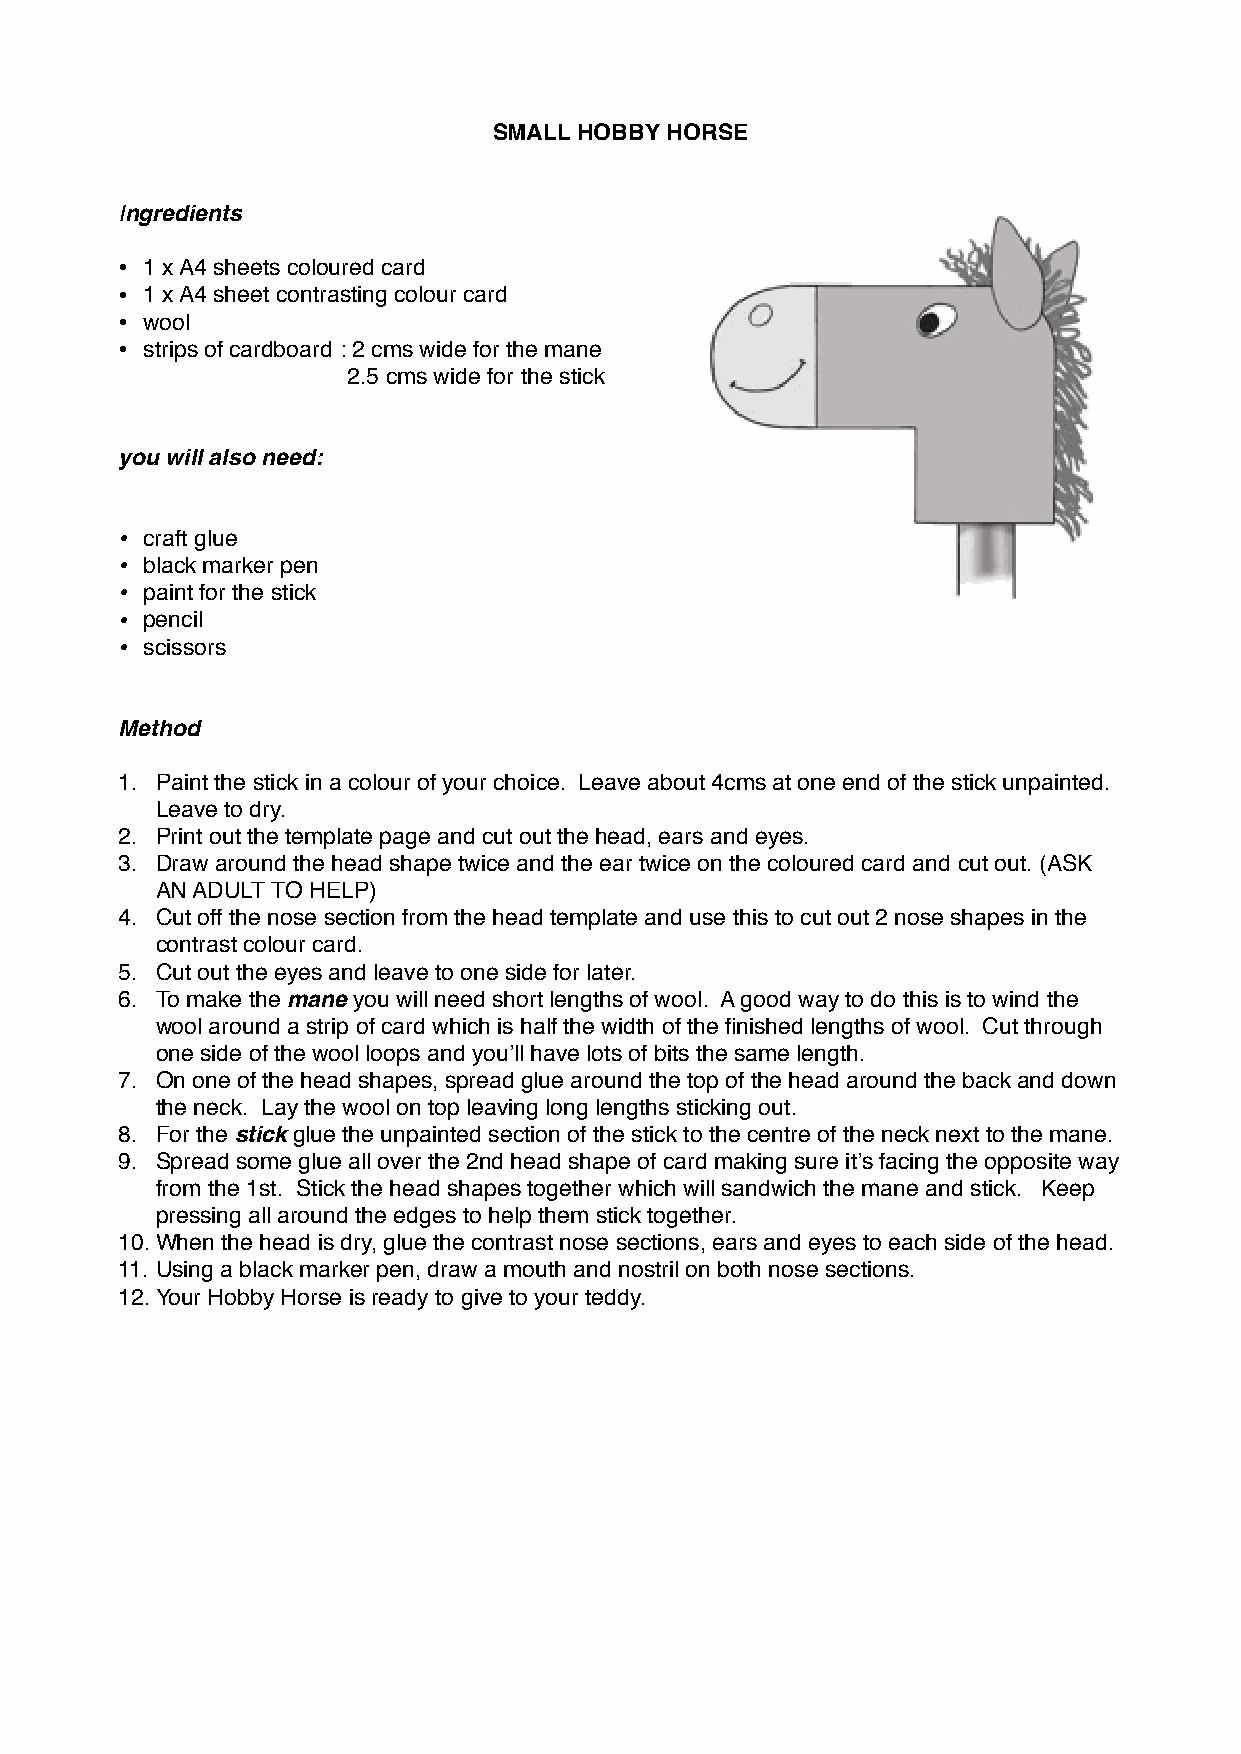
SMALL HOBBY HORSE
 Ingredients
 • 1 x A4 sheets coloured card
 • 1 x A4 sheet contrasting colour card
 • wool
 • strips of cardboard : 2 cms wide for the mane
 2.5 cms wide for the stick
 you will also need:
 • craft glue
 • black marker pen
 • paint for the stick
 • pencil
 • scissors
 Method
 1. Paint the stick in a colour of your choice. Leave about 4cms at one end of the stick unpainted.
 Leave to dry.
 2. Print out the template page and cut out the head, ears and eyes.
 3. Draw around the head shape twice and the ear twice on the coloured card and cut out. (ASK
 AN ADULT TO HELP)
 4. Cut off the nose section from the head template and use this to cut out 2 nose shapes in the
 contrast colour card.
 5. Cut out the eyes and leave to one side for later.
 6. To make the mane you will need short lengths of wool. A good way to do this is to wind the
 wool around a strip of card which is half the width of the finished lengths of wool. Cut through
 one side of the wool loops and you’ll have lots of bits the same length.
 7. On one of the head shapes, spread glue around the top of the head around the back and down
 the neck. Lay the wool on top leaving long lengths sticking out.
 8. For the stick glue the unpainted section of the stick to the centre of the neck next to the mane.
 9. Spread some glue all over the 2nd head shape of card making sure it’s facing the opposite way
 from the 1st. Stick the head shapes together which will sandwich the mane and stick. Keep
 pressing all around the edges to help them stick together.
 10.When the head is dry, glue the contrast nose sections, ears and eyes to each side of the head.
 11. Using a black marker pen, draw a mouth and nostril on both nose sections.
 12.Your Hobby Horse is ready to give to your teddy.